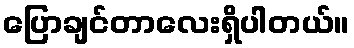
ပြောချင်တာလေးရှိပါတယ်။